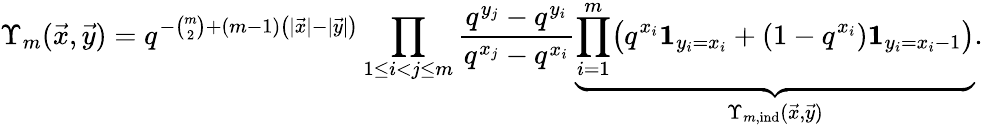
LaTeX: \Upsilon_{m}(\vec{x},\vec{y})=q^{-\binom m2+(m-1)\left(|\vec{x}|-|\vec{y}|\right)}\prod_{1\le i<j\le m}\frac{q^{y_{j}}-q^{y_{i}}}{q^{x_{j}}-q^{x_{i}}}\underbrace{\prod_{i=1}^{m}\bigl(q^{x_{i}}\mathbf{1}_{y_{i}=x_{i}}+(1-q^{x_{i}})\mathbf{1}_{y_{i}=x_{i}-1}\bigr)}_{\Upsilon_{m,\mathrm{ind}}(\vec{x},\vec{y})}.